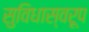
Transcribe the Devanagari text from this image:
सुविधास्वरूप